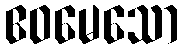
ဧဝမေသော